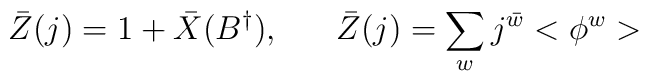
\bar{Z}(j) = 1+\bar{X}(B^{\dagger}), \;\;\;\;\;\; \bar{Z}(j) = \sum_{w} j^{\bar{w}} <\phi^{w}>